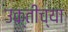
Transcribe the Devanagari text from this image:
उक्तीच्या